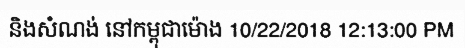
និងសំណង់ នៅកម្ពុជាម៉ោង 10/22/2018 12:13:00 PM